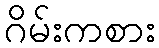
ဂိမ်းကစား